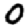
Digit: 0